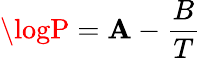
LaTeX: \logP=\mathbf{A}-{\frac{{B}}{{T}}}